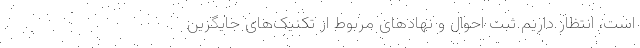
است، انتظار داریم ثبت احوال و نهادهای مربوط از تکنیک‌های جایگزین